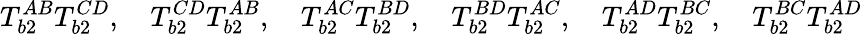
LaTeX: T_{b2}^{AB}T_{b2}^{CD},\quad T_{b2}^{CD}T_{b2}^{AB},\quad T_{b2}^{AC}T_{b2}^{BD},\quad T_{b2}^{BD}T_{b2}^{AC},\quad T_{b2}^{AD}T_{b2}^{BC},\quad T_{b2}^{BC}T_{b2}^{AD}